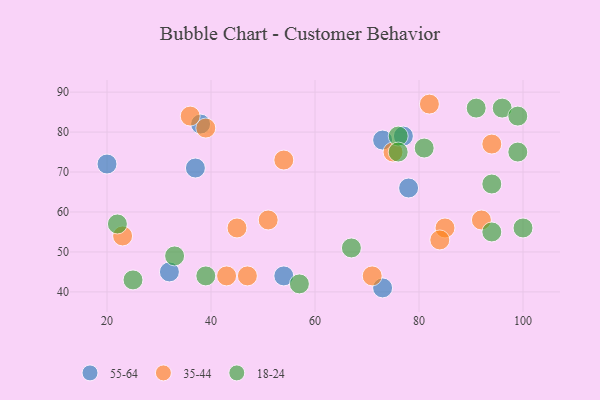
{"axis": {"x": "GDP", "y": "Life Expectancy"}, "legend": ["18-24", "35-44", "55-64"], "data": [{"x": "37", "y": 71, "type": "55-64"}, {"x": "77", "y": 79, "type": "55-64"}, {"x": "73", "y": 78, "type": "55-64"}, {"x": "73", "y": 41, "type": "55-64"}, {"x": "38", "y": 82, "type": "55-64"}, {"x": "32", "y": 45, "type": "55-64"}, {"x": "78", "y": 66, "type": "55-64"}, {"x": "54", "y": 44, "type": "55-64"}, {"x": "20", "y": 72, "type": "55-64"}, {"x": "39", "y": 81, "type": "35-44"}, {"x": "43", "y": 44, "type": "35-44"}, {"x": "85", "y": 56, "type": "35-44"}, {"x": "92", "y": 58, "type": "35-44"}, {"x": "47", "y": 44, "type": "35-44"}, {"x": "23", "y": 54, "type": "35-44"}, {"x": "45", "y": 56, "type": "35-44"}, {"x": "82", "y": 87, "type": "35-44"}, {"x": "94", "y": 77, "type": "35-44"}, {"x": "84", "y": 53, "type": "35-44"}, {"x": "71", "y": 44, "type": "35-44"}, {"x": "75", "y": 75, "type": "35-44"}, {"x": "54", "y": 73, "type": "35-44"}, {"x": "51", "y": 58, "type": "35-44"}, {"x": "36", "y": 84, "type": "35-44"}, {"x": "39", "y": 44, "type": "18-24"}, {"x": "96", "y": 86, "type": "18-24"}, {"x": "22", "y": 57, "type": "18-24"}, {"x": "57", "y": 42, "type": "18-24"}, {"x": "76", "y": 79, "type": "18-24"}, {"x": "99", "y": 84, "type": "18-24"}, {"x": "99", "y": 75, "type": "18-24"}, {"x": "81", "y": 76, "type": "18-24"}, {"x": "91", "y": 86, "type": "18-24"}, {"x": "94", "y": 67, "type": "18-24"}, {"x": "94", "y": 55, "type": "18-24"}, {"x": "100", "y": 56, "type": "18-24"}, {"x": "67", "y": 51, "type": "18-24"}, {"x": "33", "y": 49, "type": "18-24"}, {"x": "76", "y": 75, "type": "18-24"}, {"x": "25", "y": 43, "type": "18-24"}]}